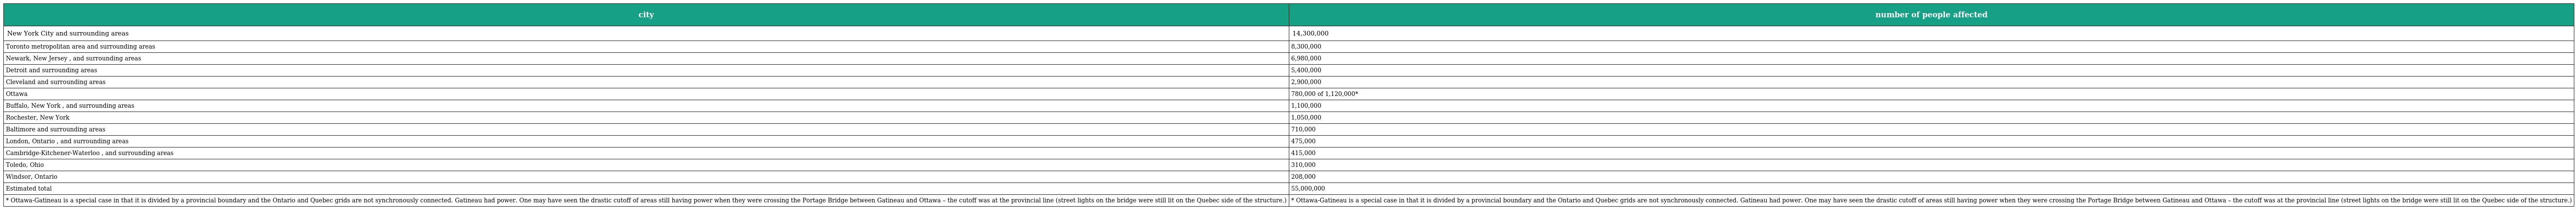
| city | number of people affected |
 | --- | --- |
 | New York City and surrounding areas | 14,300,000 |
 | Toronto metropolitan area and surrounding areas | 8,300,000 |
 | Newark, New Jersey , and surrounding areas | 6,980,000 |
 | Detroit and surrounding areas | 5,400,000 |
 | Cleveland and surrounding areas | 2,900,000 |
 | Ottawa | 780,000 of 1,120,000* |
 | Buffalo, New York , and surrounding areas | 1,100,000 |
 | Rochester, New York | 1,050,000 |
 | Baltimore and surrounding areas | 710,000 |
 | London, Ontario , and surrounding areas | 475,000 |
 | Cambridge-Kitchener-Waterloo , and surrounding areas | 415,000 |
 | Toledo, Ohio | 310,000 |
 | Windsor, Ontario | 208,000 |
 | Estimated total | 55,000,000 |
 | * Ottawa-Gatineau is a special case in that it is divided by a provincial boundary and the Ontario and Quebec grids are not synchronously connected. Gatineau had power. One may have seen the drastic cutoff of areas still having power when they were crossing the Portage Bridge between Gatineau and Ottawa – the cutoff was at the provincial line (street lights on the bridge were still lit on the Quebec side of the structure.) | * Ottawa-Gatineau is a special case in that it is divided by a provincial boundary and the Ontario and Quebec grids are not synchronously connected. Gatineau had power. One may have seen the drastic cutoff of areas still having power when they were crossing the Portage Bridge between Gatineau and Ottawa – the cutoff was at the provincial line (street lights on the bridge were still lit on the Quebec side of the structure.) |